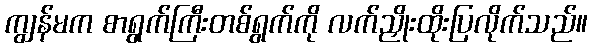
ကျွန်မက စာရွက်ကြီးတစ်ရွက်ကို လက်ညှိုးထိုးပြလိုက်သည်။